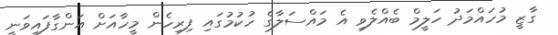
ގާޒީ މުހައްމަދު ހަލީމް ބެއްލެވި އެ މައްސަލާގެ ހުކުމުގައި ފިރިހެން މީހާއަށް އަންގާފައިވަނީ